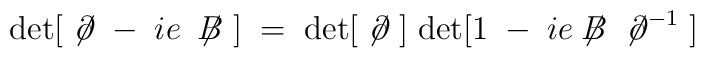
\mbox{det}[\; \not{\!\partial} \; -\; i e \; \not{\!\!B} \; ]  \; = \;\mbox{det}[\; \not{\!\partial} \; ] \;\mbox{det}[1 \; - \; i e  \not{\!\!B} \; \not{\!\partial}^{-1} \;]